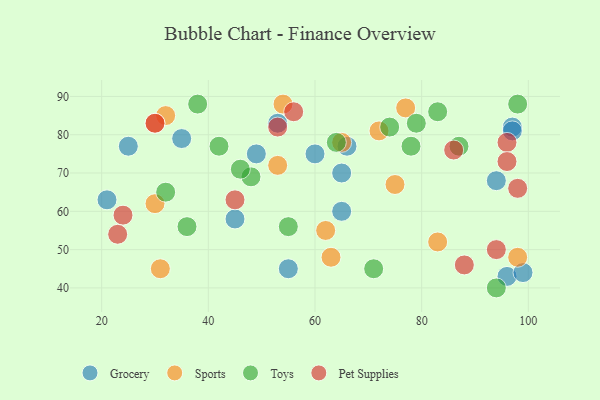
{"axis": {"x": "GDP", "y": "Life Expectancy"}, "legend": ["Grocery", "Pet Supplies", "Sports", "Toys"], "data": [{"x": "53", "y": 83, "type": "Grocery"}, {"x": "35", "y": 79, "type": "Grocery"}, {"x": "66", "y": 77, "type": "Grocery"}, {"x": "97", "y": 82, "type": "Grocery"}, {"x": "45", "y": 58, "type": "Grocery"}, {"x": "96", "y": 43, "type": "Grocery"}, {"x": "60", "y": 75, "type": "Grocery"}, {"x": "65", "y": 70, "type": "Grocery"}, {"x": "65", "y": 60, "type": "Grocery"}, {"x": "49", "y": 75, "type": "Grocery"}, {"x": "99", "y": 44, "type": "Grocery"}, {"x": "21", "y": 63, "type": "Grocery"}, {"x": "94", "y": 68, "type": "Grocery"}, {"x": "55", "y": 45, "type": "Grocery"}, {"x": "25", "y": 77, "type": "Grocery"}, {"x": "97", "y": 81, "type": "Grocery"}, {"x": "53", "y": 72, "type": "Sports"}, {"x": "77", "y": 87, "type": "Sports"}, {"x": "65", "y": 78, "type": "Sports"}, {"x": "54", "y": 88, "type": "Sports"}, {"x": "62", "y": 55, "type": "Sports"}, {"x": "75", "y": 67, "type": "Sports"}, {"x": "32", "y": 85, "type": "Sports"}, {"x": "30", "y": 83, "type": "Sports"}, {"x": "72", "y": 81, "type": "Sports"}, {"x": "63", "y": 48, "type": "Sports"}, {"x": "31", "y": 45, "type": "Sports"}, {"x": "30", "y": 62, "type": "Sports"}, {"x": "83", "y": 52, "type": "Sports"}, {"x": "98", "y": 48, "type": "Sports"}, {"x": "78", "y": 77, "type": "Toys"}, {"x": "71", "y": 45, "type": "Toys"}, {"x": "87", "y": 77, "type": "Toys"}, {"x": "32", "y": 65, "type": "Toys"}, {"x": "42", "y": 77, "type": "Toys"}, {"x": "36", "y": 56, "type": "Toys"}, {"x": "94", "y": 40, "type": "Toys"}, {"x": "38", "y": 88, "type": "Toys"}, {"x": "98", "y": 88, "type": "Toys"}, {"x": "48", "y": 69, "type": "Toys"}, {"x": "83", "y": 86, "type": "Toys"}, {"x": "46", "y": 71, "type": "Toys"}, {"x": "55", "y": 56, "type": "Toys"}, {"x": "74", "y": 82, "type": "Toys"}, {"x": "64", "y": 78, "type": "Toys"}, {"x": "79", "y": 83, "type": "Toys"}, {"x": "30", "y": 83, "type": "Pet Supplies"}, {"x": "88", "y": 46, "type": "Pet Supplies"}, {"x": "45", "y": 63, "type": "Pet Supplies"}, {"x": "24", "y": 59, "type": "Pet Supplies"}, {"x": "86", "y": 76, "type": "Pet Supplies"}, {"x": "98", "y": 66, "type": "Pet Supplies"}, {"x": "53", "y": 82, "type": "Pet Supplies"}, {"x": "23", "y": 54, "type": "Pet Supplies"}, {"x": "56", "y": 86, "type": "Pet Supplies"}, {"x": "94", "y": 50, "type": "Pet Supplies"}, {"x": "96", "y": 78, "type": "Pet Supplies"}, {"x": "96", "y": 73, "type": "Pet Supplies"}]}